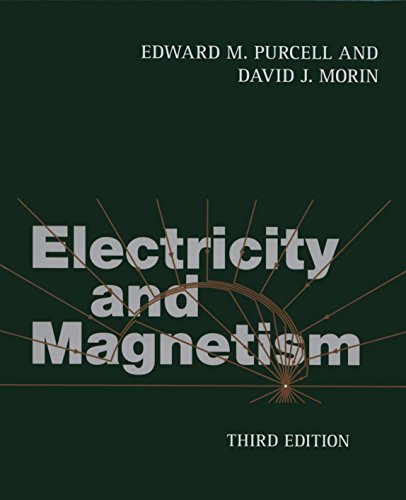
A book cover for Electricity and Magnetism; Edward M. Purcell; Science & Math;